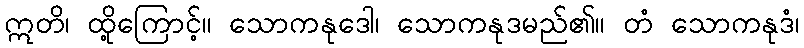
ဣတိ၊ ထို့ကြောင့်။ သောကနုဒေါ၊ သောကနုဒမည်၏။ တံ သောကနုဒံ၊